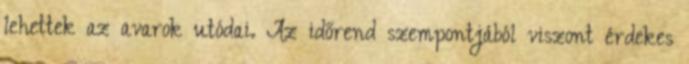
lehettek az avarok utódai. Az időrend szempontjából viszont érdekes